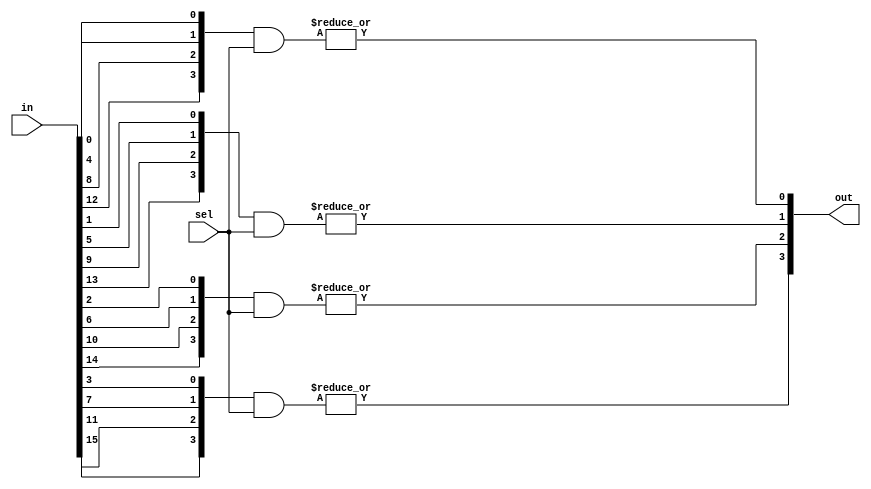
`timescale 1ns / 1ps
/* mux_Nto1.v
 * N-to-1 mux with decoded select
 * N has to be a power of 2
 */
module mux_Nto1_decoded (
    in,
    sel,
    out
);
    parameter WIDTH = 4;
    parameter SIZE = 4;

    input  [WIDTH*SIZE-1:0] in;
    input        [SIZE-1:0] sel;
    output      [WIDTH-1:0] out;

    genvar i, j;
    generate
        for (i = 0; i < WIDTH; i = i + 1)
        begin : scramble
            wire [SIZE-1:0] din;
            
            for (j = 0; j < SIZE; j = j + 1)
            begin : in_inf
                assign din[j] = in[j*WIDTH + i];
            end

            assign out[i] = |(din & sel);
        end
    endgenerate
endmodule